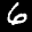
Label: 6